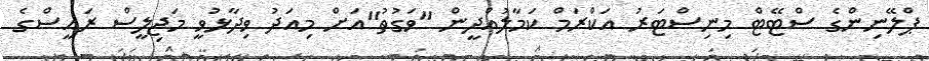
ޕްލޭނިންގެ ސްޓޭޓް މިނިސްޓަރު އަކްރަމް ކަމާލުއްދީން "ވަގުތު"އަށް މިއަދު ވިދާޅުވީ މަޖިލީސް ރައީސްގެ